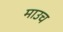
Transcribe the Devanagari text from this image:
माउच